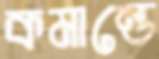
কমান্ডে